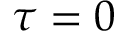
\tau = 0